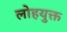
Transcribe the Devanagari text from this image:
लोहयुक्त